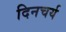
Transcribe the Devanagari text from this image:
दिनचर्य